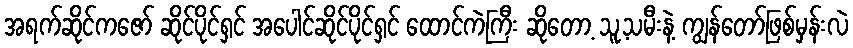
အရက်ဆိုင်ကဇော် ဆိုင်ပိုင်ရှင် အပေါင်ဆိုင်ပိုင်ရှင် ထောင်ကဲကြီး ဆိုတော့ သူ့သမီးနဲ့ ကျွန်တော်ဖြစ်မှန်းလဲ